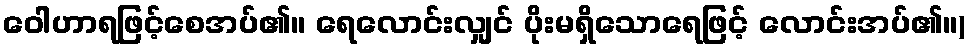
ဝေါဟာရဖြင့်စေအပ်၏။ ရေလောင်းလျှင် ပိုးမရှိသောရေဖြင့် လောင်းအပ်၏။)